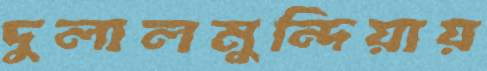
দুলালমুন্দিয়ায়